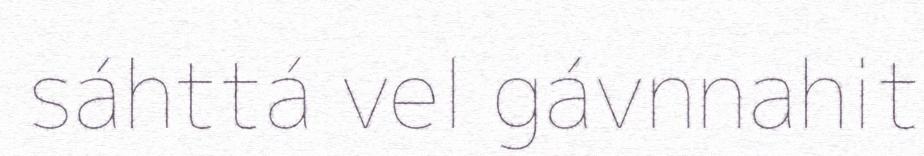
sáhttá vel gávnnahit